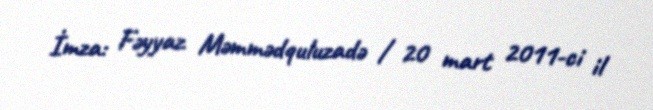
İmza: Fəyyaz Məmmədquluzadə / 20 mart 2011-ci il